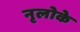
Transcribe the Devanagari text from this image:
नृलोके